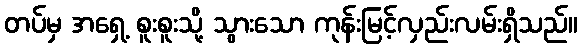
တပ်မှ အရှေ့ စူးစူးသို့ သွားသော ကုန်းမြင့်လှည်းလမ်းရှိသည်။